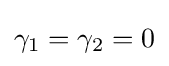
\gamma _{1}=\gamma _{2}=0